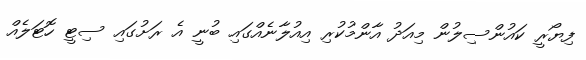
ފިޔޯރީ ކައުންސިލުން މިއަދު އާންމުކުރި އިއުލާނެއްގައި ބުނީ އެ ރަށުގައި ސިޓީ ހޮޓަލެއް